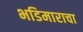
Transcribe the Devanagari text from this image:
भडिमाराचा